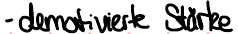
- demotivierte Stärke